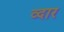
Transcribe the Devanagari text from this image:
व्दार